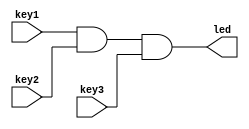
module key(
    input   wire        key1,
    input   wire        key2,
    input   wire        key3,
    output  wire        led  
);

assign led = key1 & key2 & key3;

endmodule